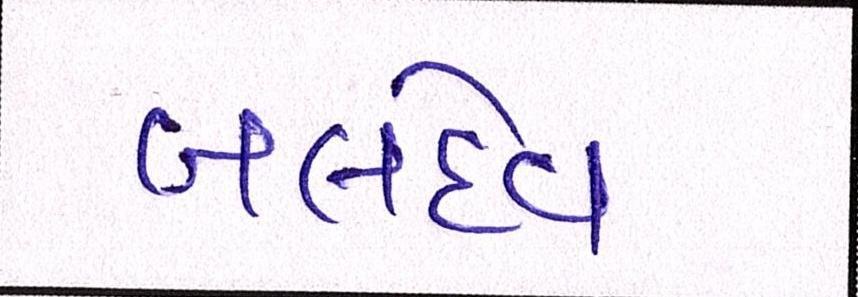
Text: બલદેવ